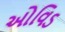
ઓવિડ